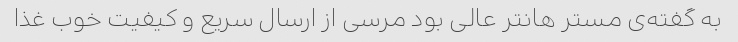
به گفته‌ی مستر هانتر عالی بود مرسی از ارسال سریع و کیفیت خوب غذا